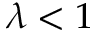
\lambda < 1